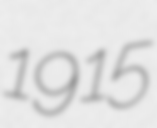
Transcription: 1915